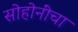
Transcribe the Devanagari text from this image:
सोहोनींंचा